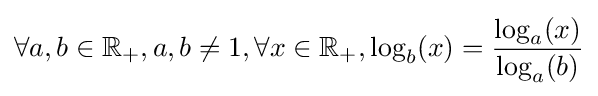
\forall a,b\in \mathbb {R} _{+},a,b\neq 1,\forall x\in \mathbb {R} _{+},\log _{b}(x)={\frac {\log _{a}(x)}{\log _{a}(b)}}